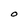
Character: O